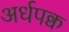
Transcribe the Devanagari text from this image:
अर्धपक्व